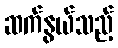
ဆက်နွယ်သည့်